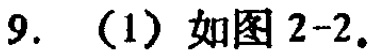
9. （1）如图 2-2。